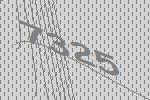
7325